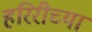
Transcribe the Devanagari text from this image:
हरिरीच्या